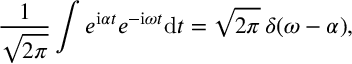
\frac { 1 } { \sqrt { 2 \pi } } \int e ^ { \mathrm { i } \alpha t } e ^ { - \mathrm { i } \omega t } \mathrm { d } t = \sqrt { 2 \pi } \, \delta ( \omega - \alpha ) ,